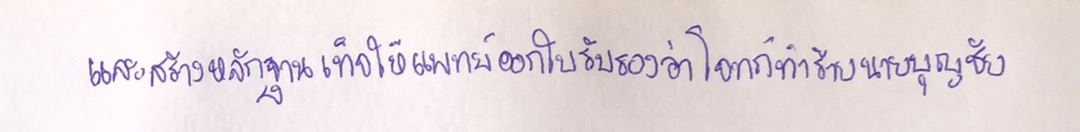
และสร้างหลักฐานเท็จให้แพทย์ออกใบรับรองว่าโจทก์ทำร้ายนายบุญชัย